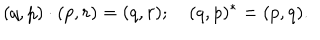
LaTeX: ( q , p ) \cdot ( p , r ) = ( q , r ) ; \quad ( q , p ) ^ { * } = ( p , q ) .